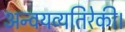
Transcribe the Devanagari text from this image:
अन्वयव्यतिरेकी।